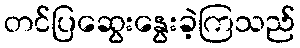
တင်ပြဆွေးနွေးခဲ့ကြသည်